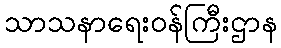
သာသနာရေးဝန်ကြီးဌာန